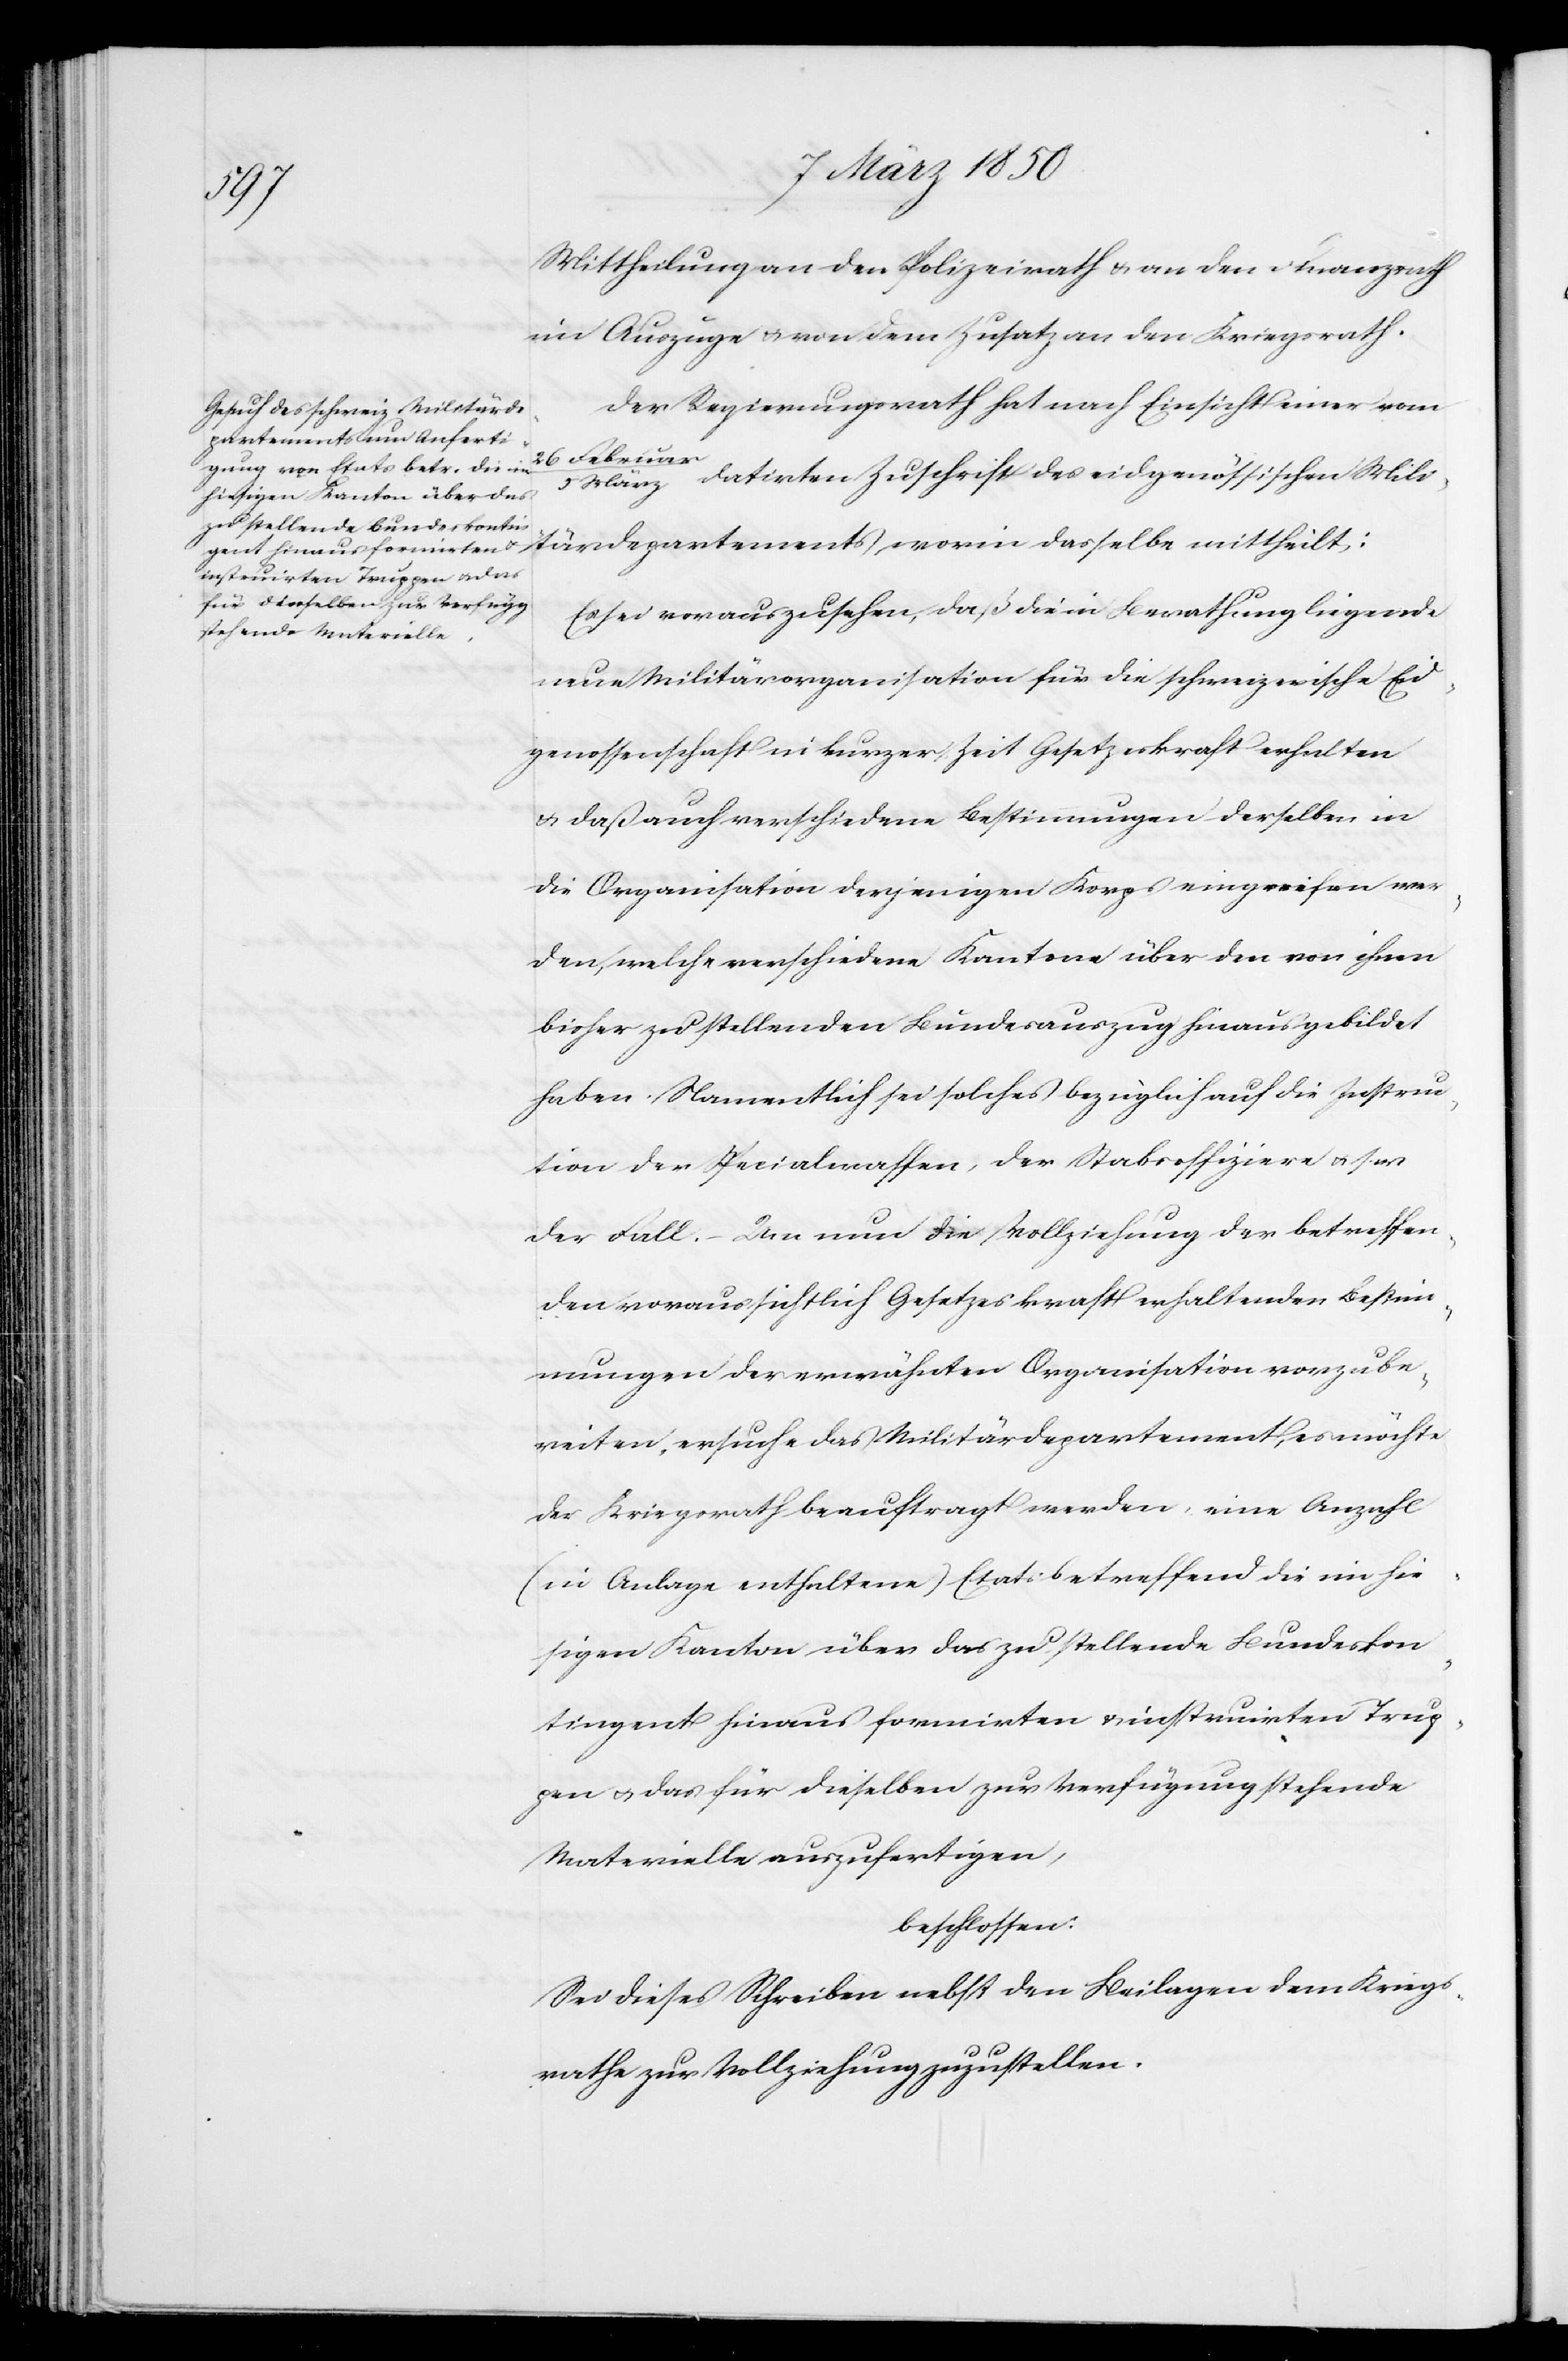
tär¬
Mittheilung an den Polizeirath u. an den Finanzrath
im Auszuge u. von dem Zusatz an den Kriegsrath.
Der Regierungsrath hat nach Einsicht einer vom
departements worin dasselbe
März datirten Zuschrift des eidgenössischen Mili¬
Es sei vorauszusehen, daß die in Berathung liegende
neue Militärorganisation für die schweizerische Eid¬
genossenschaft in kurzer Zeit Gesetzeskraft erhalten
u. daß auch verschiedene Bestimmungen derselben in
die Organisation derjenigen Korps eingreifen wer¬
den, welche verschiedene Kantone über den von ihnen
bisher zu stellenden Bundesauszug hinaus gebildet
haben. Namentlich sei solches bezüglich auf die Instruc¬
tion der Specialwaffen, der Stabsoffiziere u. s. w.
der Fall. – Um nun die Vollziehung der betreffen¬
den voraussichtlich Gesetzeskraft erhaltenden Bestim¬
mungen der erwähnten Organisation vorzube¬
reiten, ersuche das Militärdepartement, es möchte
der Kriegsrath beauftragt werden, eine Anzahl
(in Anlage enthaltene) Etats betreffend die im hie¬
sigen Kanton über das zu stellende Bundeskon¬
tingent hinaus formirten u. instruirten Trup¬
pen u. das für dieselben zur Verfügung stehende
Materielle auszufertigen,
beschlossen:
Sei dieses Schreiben nebst den Beilagen dem Kriegs¬
rathe zur Vollziehung zuzustellen.

26